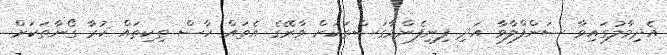
އެދިމާލުގައިވާ ސަންފްލާވާ އަދި ފިނިފެންމާގަސްތަކަށް ވާރޭގެ އެތައް ހާސް ތިކިތައް ކުރާ ގޯނާތަކަށް